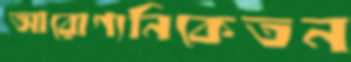
আরোগ্যনিকেতন